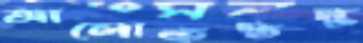
আলোকস্তম্ভ